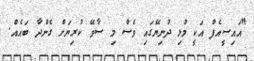
"އައިސީއެފް އަކީ މުޅި ދުނިޔޭގައި ވެސް މި ސާވޭ ކުރިޔަށް ގެންދާ ބައެއް.